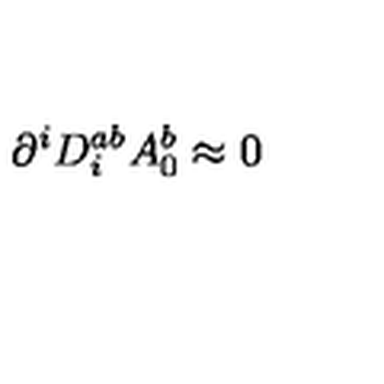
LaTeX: \partial ^ { i } D _ { i } ^ { a b } A _ { 0 } ^ { b } \approx 0